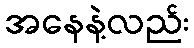
အနေနဲ့လည်း